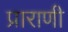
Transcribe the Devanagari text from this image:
प्राराणी